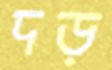
দড়